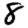
Digit: 8